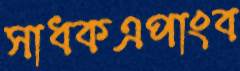
সাধকএপাংব